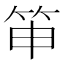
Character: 𥬐